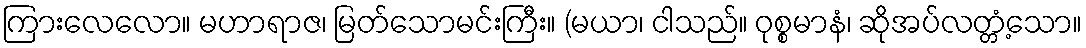
ကြားလေလော။ မဟာရာဇ၊ မြတ်သောမင်းကြီး။ (မယာ၊ ငါသည်။ ဝုစ္စမာနံ၊ ဆိုအပ်လတ္တံ့သော။